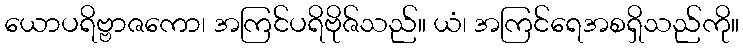
ယောပရိဗ္ဗာဇကော၊ အကြင်ပရိဗိုဇ်သည်။ ယံ၊ အကြင်ရေအစရှိသည်ကို။